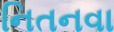
નિતનવા